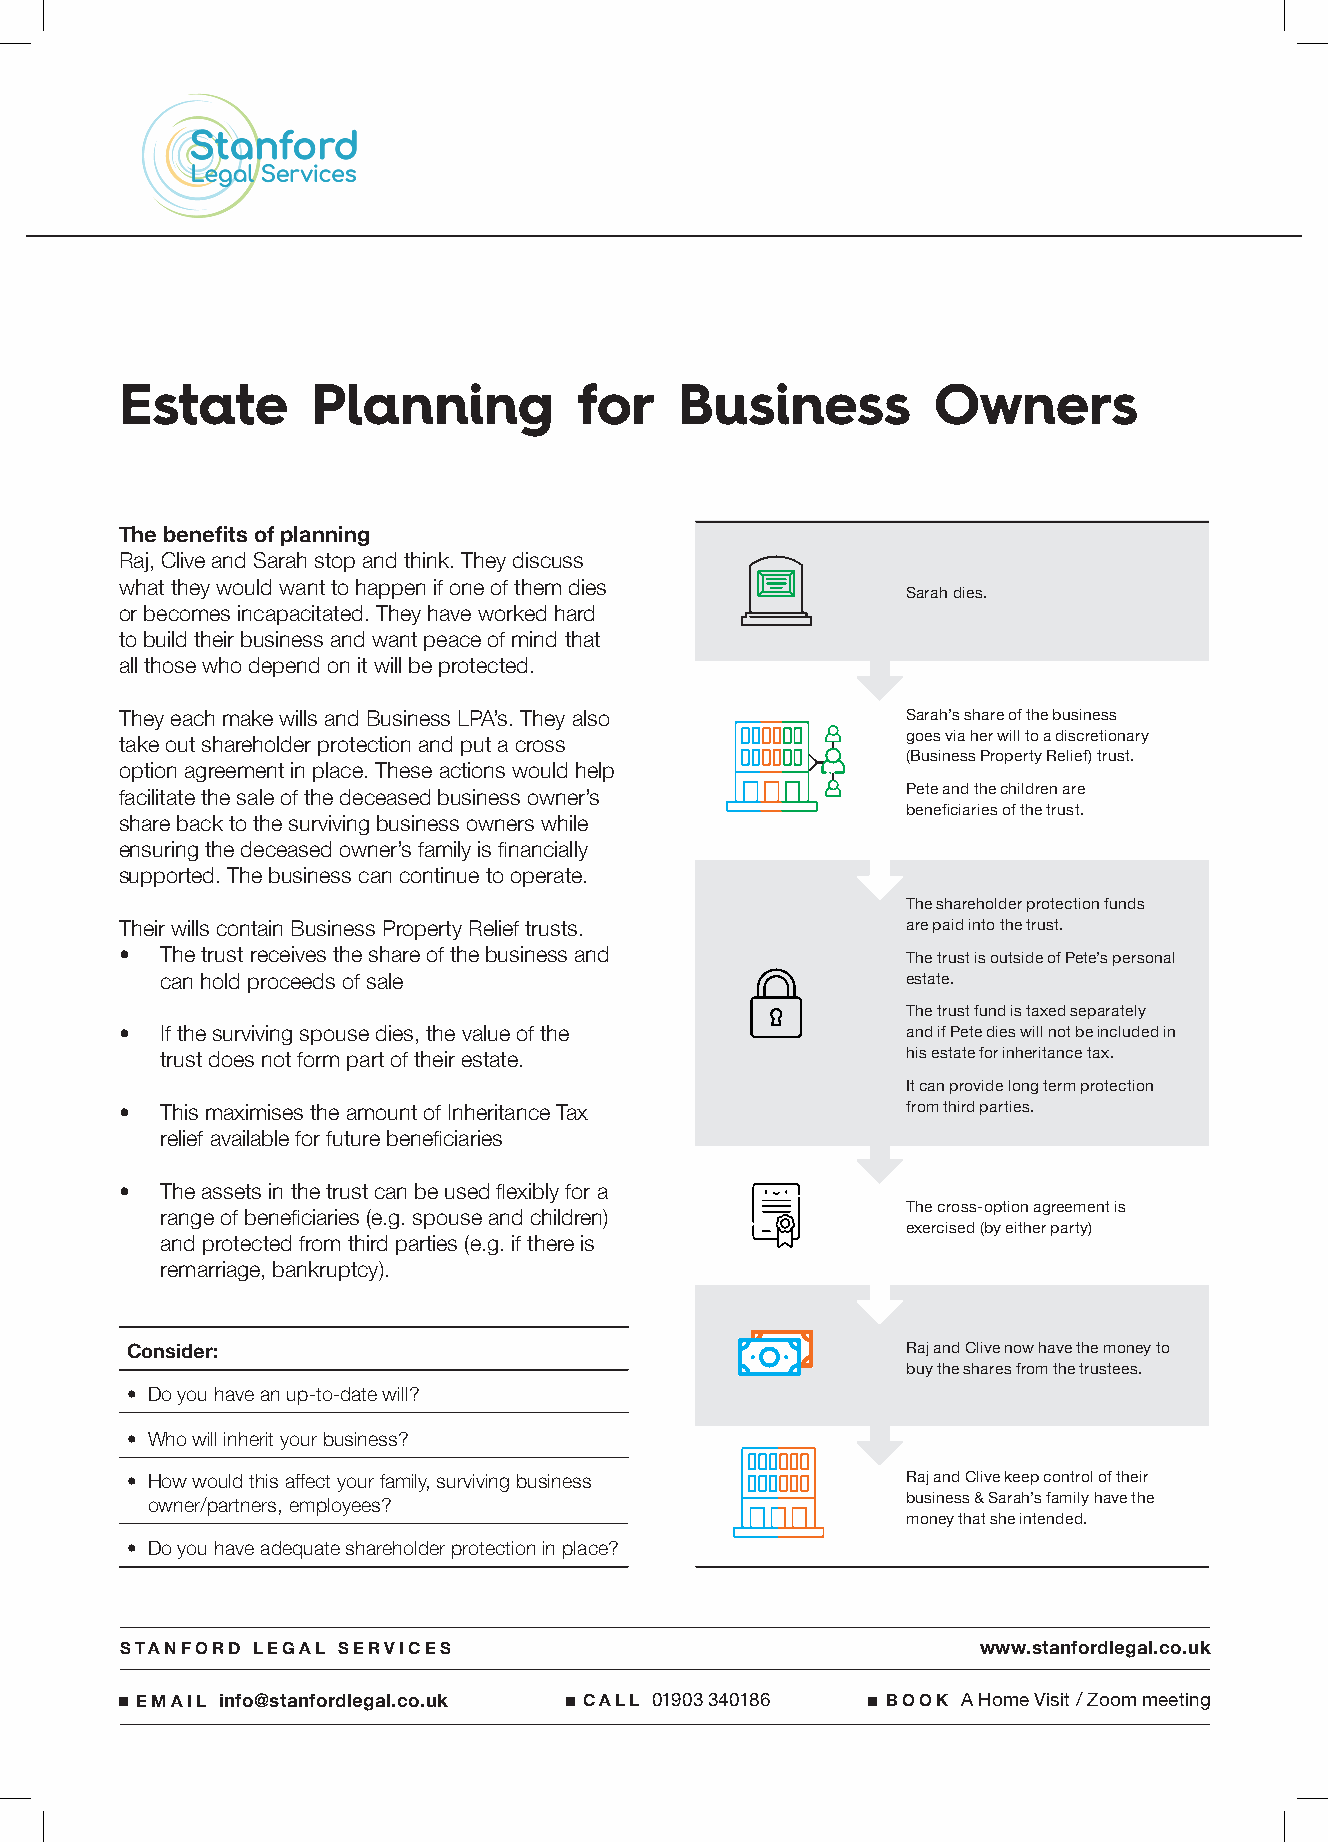
Estate       Planning         for    Business         Owners
 The benefits of planning
 Raj, Clive and Sarah stop and think. They discuss
 what they would want to happen if one of them dies
 Sarah dies.
 or becomes incapacitated. They have worked hard
 to build their business and want peace of mind that
 all those who depend on it will be protected.
 They each make wills and Business LPA’s. They also  Sarah’s share of the business
 take out shareholder protection and put a cross     goes via her will to a discretionary
 (Business Property Relief) trust.
 option agreement in place. These actions would help
 facilitate the sale of the deceased business owner’s Pete and the children are
 beneficiaries of the trust.
 share back to the surviving business owners while
 ensuring the deceased owner’s family is financially
 supported. The business can continue to operate.
 The shareholder protection funds
 Their wills contain Business Property Relief trusts. are paid into the trust.
 •  The trust receives the share of the business and
 The trust is outside of Pete’s personal
 can hold proceeds of sale                        estate.
 The trust fund is taxed separately
 •  If the surviving spouse dies, the value of the   and if Pete dies will not be included in
 trust does not form part of their estate.        his estate for inheritance tax.
 It can provide long term protection
 •  This maximises the amount of Inheritance Tax     from third parties.
 relief available for future beneficiaries
 •  The assets in the trust can be used flexibly for a
 range of beneficiaries (e.g. spouse and children) The cross-option agreement is
 exercised (by either party)
 and protected from third parties (e.g. if there is
 remarriage, bankruptcy).
 Consider:                                           Raj and Clive now have the money to
 buy the shares from the trustees.
 • Do you have an up-to-date will?
 • Who will inherit your business?
 • How would this affect your family, surviving business Raj and Clive keep control of their
 owner/partners, employees?                        business & Sarah’s family have the
 money that she intended.
 • Do you have adequate shareholder protection in place?
 STANFORD LEGAL SERVICES                                  www.stanfordlegal.co.uk
 EMAIL info@stanfordlegal.co.uk CALL 01903 340186  BOOK A Home Visit / Zoom meeting